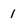
Character: I